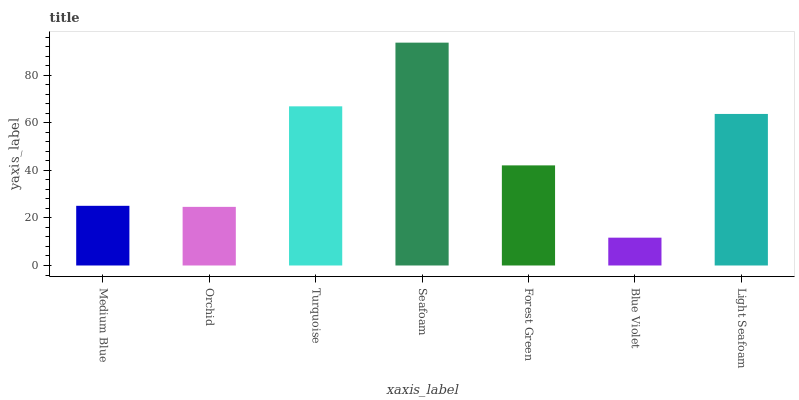
| xaxis_label | bars |
 | --- | --- |
 | Medium Blue | 25.1 |
 | Orchid | 24.6 |
 | Turquoise | 66.9 |
 | Seafoam | 93.7 |
 | Forest Green | 42.1 |
 | Blue Violet | 11.7 |
 | Light Seafoam | 63.7 |